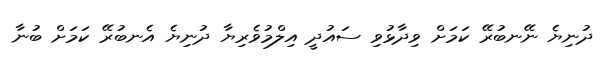
ދުނިޔެ ނޭނބުރޭ ކަމަށް ވިދާޅުވި ސައުދީ އިލްމުވެރިޔާ ދުނިޔެ އެނބުރޭ ކަމަށް ބުނާ